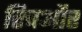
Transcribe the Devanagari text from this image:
रिचऔर